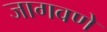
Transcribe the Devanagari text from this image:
जागवणे